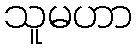
သူမဟာ